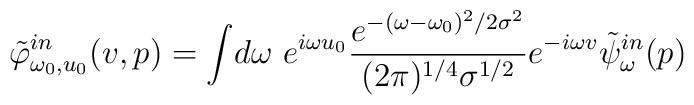
\tilde \varphi^{in}_{\omega_0, u_0}(v,p) =\int\! d \omega \ e^{i\omega u_0}{ e^{-(\omega - \omega_0)^2/ 2 \sigma^2} \over ({2 \pi})^{1/4} \sigma^{1/2}}e^{-i \omega v} {\tilde{\psi}}_\omega ^{in} (p)